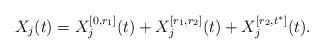
LaTeX: \begin{align*}X_j(t) = X_j^{[0, r_1]}(t) + X_j^{[r_1, r_2]}(t) + X_j^{[r_2, t^*]}(t).\end{align*}